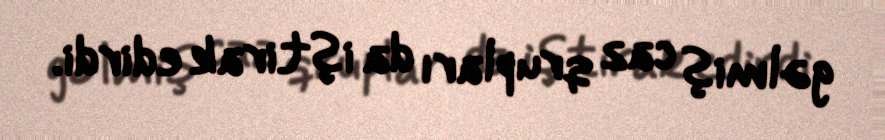
gəlmiş caz qrupları da iştirak edirdi.